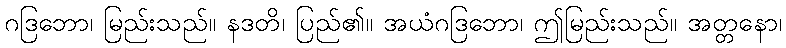
ဂဒြဘော၊ မြည်းသည်။ နဒတိ၊ ပြည်၏။ အယံဂဒြဘော၊ ဤမြည်းသည်။ အတ္တနော၊